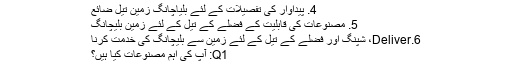
4. پیداوار کی تفصیلات کے لئے بلیاچانگ زمین تیل ضائع
5. مصنوعات کی قابلیت کے فضلے کے تیل کے لئے زمین بلیچانگ
6.Deliver، شپنگ اور فضلے کے تیل کے لئے زمین سے بلیچانگ کی خدمت کرنا
Q1: آپ کی اہم مصنوعات کیا ہیں؟